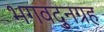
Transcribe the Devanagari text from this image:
भगवद्नुग्रह